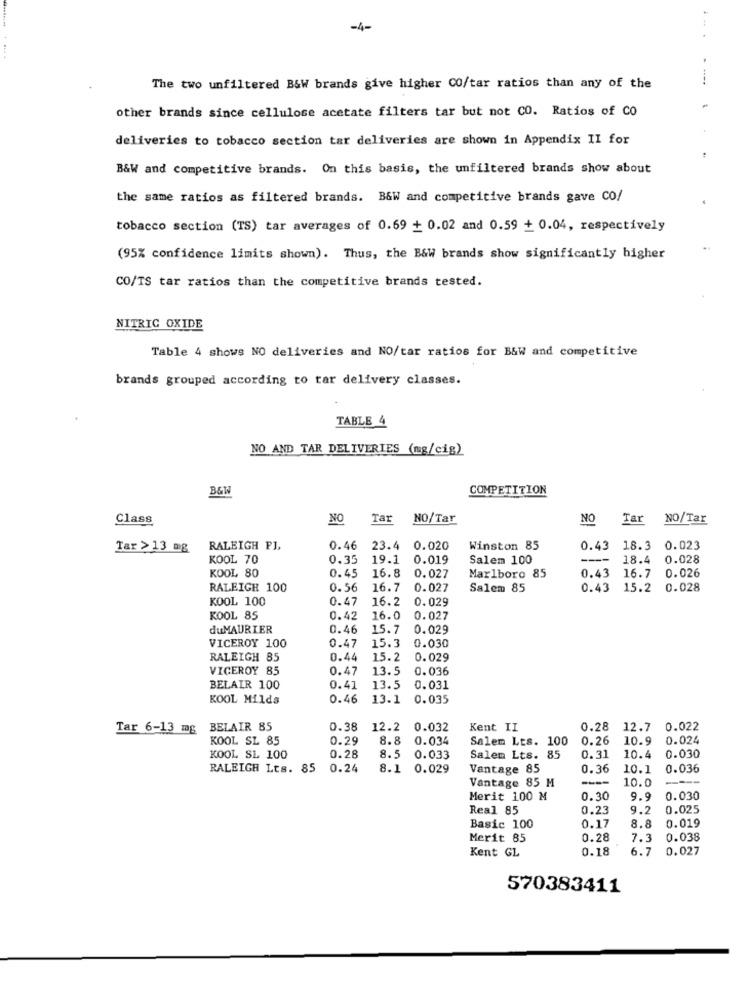
-4-
The two unfiltered B&W brands give higher CO/tar ratios than any of the
other brands since cellulose acetate filters tar but not CO. Ratios of CO
deliveries to tobacco section tar deliveries are shown in Appendix II for
B&W and competitive brands. On this basis, the unfiltered brands show about
the same ratios as filtered brands. B&W and competitive brands gave CO/
tobacco section (TS) tar averages of 0.69 + 0.02 and 0.59 + 0.04, respectively
(95% confidence limits shown). Thus, the B&w brands show significantly higher
CO/TS tar ratios than the competitive brands tested.
NITRIC OXIDE
Table 4 shows NO deliveries and NO/tar ratios for B&W and competitive
brands grouped according to tar delivery classes.
TABLE 4
NO AND TAR DELIVERIES (mg/cig)
B&W
COMPETITION
Class
NO
Tar
NO/Tar
NO
Tar
NO/Tar
Tar > 13 mg
RALEIGH PL,
0.46
23.4
0.020
Winston 85
0.43 18.3 0.023
KOOL 70
0.35
19.1
0.019
Salem 100
18.4 0.028
KOOL 80
0.45
16.8
0.027
Marlboro 85
0.43 16.7 0.026
RALEIGH 100
0.56
16.7
0.027
Salem 85
0.43 15.2 0.028
KOOL 100
0.47
16.2
0.029
KOOL 85
0.42
16.0
0.027
duMAURIER
0.46
15.7
0.029
0.030
VICEROY 100
0.47
15.3
RALEIGH 85
0.44
15.2
0.029
VICEROY 85
0.47
13.5
0.036
BELAIR 100
0.41
13.5
0.031
KOOL Milds
0.46
13.1
0.035
Tar 6-13 mg BELAIR 85
0.38
12.2
0.032
Kent II
0.28 12.7
0.022
KOOL SL 85
0.29
8.8
0.034
Salem Lts. 100
0.26
10.9
0.024
8.5
KOOL SL 100
0.28
0.033
Salem Lts. 85
0.31
10.4
0.030
RALEIGH Lts. 85
0.24
8.1
0.029
Vantage 85
0.36
10.1
0.036
Vantage 85 M
10.0
Merit 100 M
0.30
9.9
0.030
Real 85
0.23
9
0.025
8.8
Basic 100
0.17
0.019
Merit 85
0.28
7.3
0.038
Kent GL
0.18
6.7
0.027
570383411